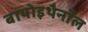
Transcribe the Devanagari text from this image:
बायोइथैनॉल